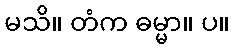
မသိ။ တံက ဓမ္မာ။ ပ။